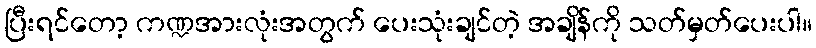
ပြီးရင်တော့ ကဏ္ဍအားလုံးအတွက် ပေးသုံးချင်တဲ့ အချိန်ကို သတ်မှတ်ပေးပါ။